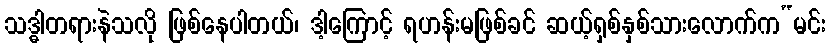
သဒ္ဓါတရားနဲသလို ဖြစ်နေပါတယ်၊ ဒါ့ကြောင့် ရဟန်းမဖြစ်ခင် ဆယ့်ရှစ်နှစ်သားလောက်က“မင်း